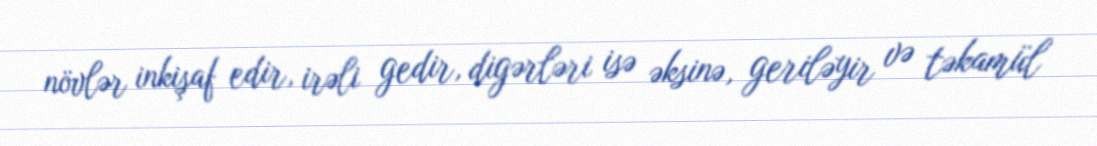
növlər inkişaf edir, irəli gedir, digərləri isə əksinə, geriləyir və təkamül